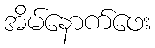
အိမ်နောက်ဖေး